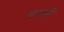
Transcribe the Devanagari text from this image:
अपकरी